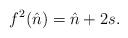
LaTeX: \begin{align*}f^2(\hat n) = \hat n + 2s.\end{align*}